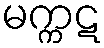
မက္ကဋ